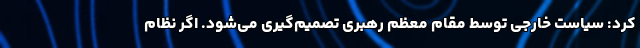
کرد: سیاست خارجی توسط مقام معظم رهبری تصمیم‌گیری می‌شود. اگر نظام